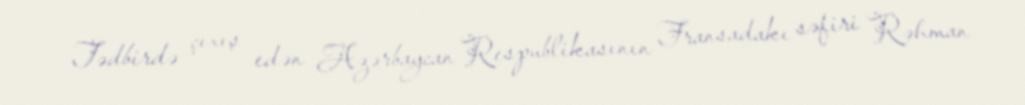
Tədbirdə çıxış edən Azərbaycan Respublikasının Fransadakı səfiri Rəhman